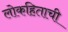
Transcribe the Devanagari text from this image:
लोकहिताची